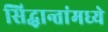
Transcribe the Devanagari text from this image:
सिद्धान्तांमध्ये